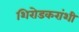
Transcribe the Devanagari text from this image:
शिरोडकरांशी